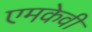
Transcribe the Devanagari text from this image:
एमकेवी